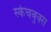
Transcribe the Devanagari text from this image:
स्केचबुक्स